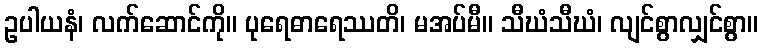
ဥပါယနံ၊ လက်ဆောင်ကို။ ပုရေဓာရေဿတိ၊ မအပ်မီ။ သီဃံသီဃံ၊ လျင်စွာလျှင်စွာ။